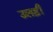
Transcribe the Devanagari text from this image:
उलड़ी